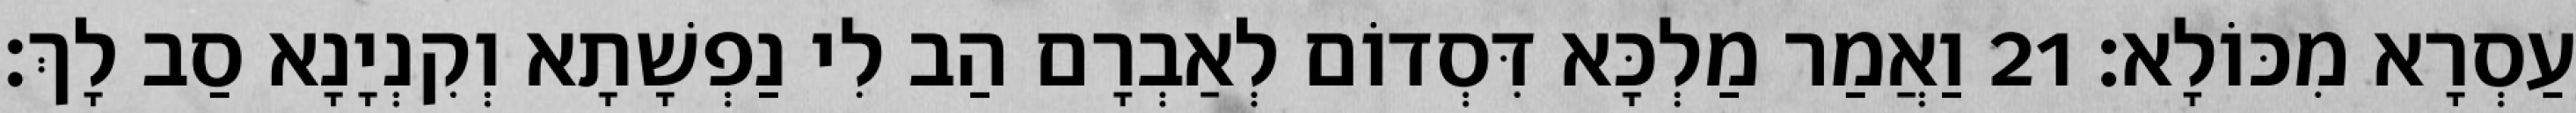
עַסְרָא מִכּוֹלָא׃ 21 וַאֲמַר מַלְכָּא דִּסְדוֹם לְאַבְרָם הַב לִי נַפְשָׁתָא וְקִנְיָנָא סַב לָךְ׃